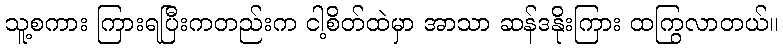
သူ့စကား ကြားရပြီးကတည်းက ငါ့စိတ်ထဲမှာ အာသာ ဆန်ဒနိုးကြား ထကြွလာတယ်။